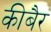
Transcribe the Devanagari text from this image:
कीबैर